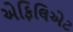
એફિલિએટ